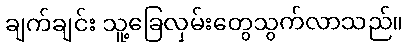
ချက်ချင်း သူ့ခြေလှမ်းတွေသွက်လာသည်။